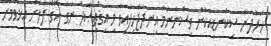
ހަރުދަނާ ސިކުނޑިއަކުން ވިސްނާނަމަ އިނދަޖެހިފައިވާ މި އިޤްތިޞާދު ނަގާ އޭގެ ފާލަށް އެޅުވުމަށް